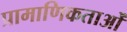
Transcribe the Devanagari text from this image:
प्रामाणिकताओं